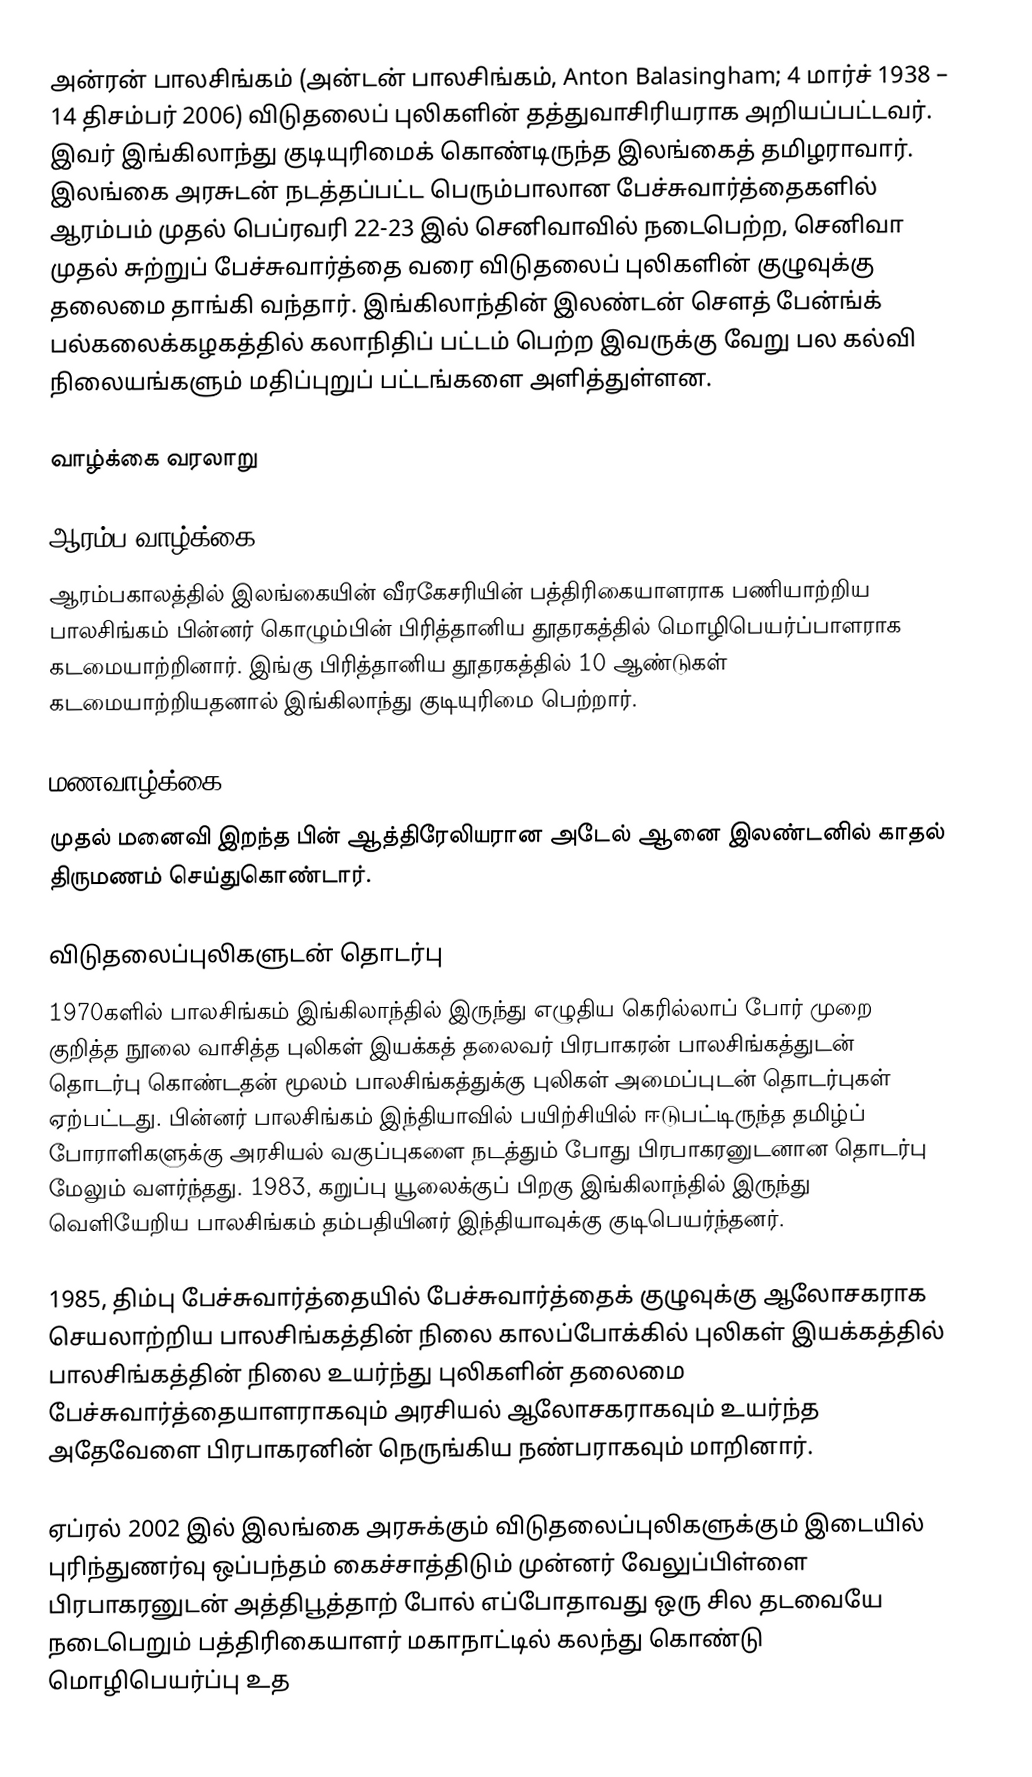
அன்ரன் பாலசிங்கம் (அன்டன் பாலசிங்கம், Anton Balasingham; 4 மார்ச் 1938 – 14 திசம்பர் 2006) விடுதலைப் புலிகளின் தத்துவாசிரியராக அறியப்பட்டவர். இவர் இங்கிலாந்து குடியுரிமைக் கொண்டிருந்த இலங்கைத் தமிழராவார். இலங்கை அரசுடன் நடத்தப்பட்ட பெரும்பாலான பேச்சுவார்த்தைகளில் ஆரம்பம் முதல் பெப்ரவரி 22-23 இல் செனிவாவில் நடைபெற்ற, செனிவா முதல் சுற்றுப் பேச்சுவார்த்தை வரை விடுதலைப் புலிகளின் குழுவுக்கு தலைமை தாங்கி வந்தார். இங்கிலாந்தின் இலண்டன் சௌத் பேன்ங்க் பல்கலைக்கழகத்தில் கலாநிதிப் பட்டம் பெற்ற இவருக்கு வேறு பல கல்வி நிலையங்களும் மதிப்புறுப் பட்டங்களை அளித்துள்ளன.

வாழ்க்கை வரலாறு

ஆரம்ப வாழ்க்கை
ஆரம்பகாலத்தில்  இலங்கையின் வீரகேசரியின் பத்திரிகையாளராக பணியாற்றிய பாலசிங்கம் பின்னர் கொழும்பின் பிரித்தானிய தூதரகத்தில் மொழிபெயர்ப்பாளராக கடமையாற்றினார். இங்கு பிரித்தானிய தூதரகத்தில் 10 ஆண்டுகள் கடமையாற்றியதனால் இங்கிலாந்து குடியுரிமை பெற்றார்.

மணவாழ்க்கை
முதல் மனைவி இறந்த பின் ஆத்திரேலியரான அடேல் ஆனை இலண்டனில் காதல் திருமணம் செய்துகொண்டார்.

விடுதலைப்புலிகளுடன் தொடர்பு
1970களில் பாலசிங்கம் இங்கிலாந்தில் இருந்து எழுதிய கெரில்லாப் போர் முறை குறித்த நூலை வாசித்த புலிகள் இயக்கத் தலைவர் பிரபாகரன் பாலசிங்கத்துடன் தொடர்பு கொண்டதன் மூலம் பாலசிங்கத்துக்கு புலிகள் அமைப்புடன் தொடர்புகள் ஏற்பட்டது. பின்னர் பாலசிங்கம் இந்தியாவில் பயிற்சியில் ஈடுபட்டிருந்த தமிழ்ப் போராளிகளுக்கு அரசியல் வகுப்புகளை நடத்தும் போது பிரபாகரனுடனான தொடர்பு மேலும் வளர்ந்தது. 1983, கறுப்பு யூலைக்குப் பிறகு இங்கிலாந்தில் இருந்து வெளியேறிய பாலசிங்கம் தம்பதியினர் இந்தியாவுக்கு குடிபெயர்ந்தனர்.

1985, திம்பு பேச்சுவார்த்தையில் பேச்சுவார்த்தைக் குழுவுக்கு ஆலோசகராக செயலாற்றிய பாலசிங்கத்தின் நிலை காலப்போக்கில் புலிகள் இயக்கத்தில் பாலசிங்கத்தின் நிலை உயர்ந்து புலிகளின் தலைமை பேச்சுவார்த்தையாளராகவும் அரசியல் ஆலோசகராகவும் உயர்ந்த அதேவேளை பிரபாகரனின் நெருங்கிய நண்பராகவும் மாறினார்.

ஏப்ரல் 2002 இல் இலங்கை அரசுக்கும் விடுதலைப்புலிகளுக்கும் இடையில் புரிந்துணர்வு ஒப்பந்தம் கைச்சாத்திடும் முன்னர் வேலுப்பிள்ளை பிரபாகரனுடன் அத்திபூத்தாற் போல் எப்போதாவது ஒரு சில தடவையே நடைபெறும் பத்திரிகையாளர் மகாநாட்டில் கலந்து கொண்டு மொழிபெயர்ப்பு உத